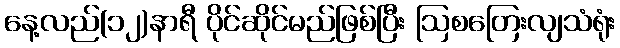
နေ့လည်(၁၂)နာရီ ပိုင်ဆိုင်မည်ဖြစ်ပြီး ဩစတြေးလျသံရုံး